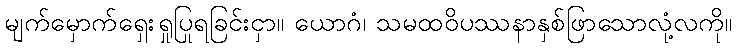
မျက်မှောက်ရှေးရှုပြုရခြင်းငှာ။ ယောဂံ၊ သမထဝိပဿနာနှစ်ဖြာသောလုံ့လကို။